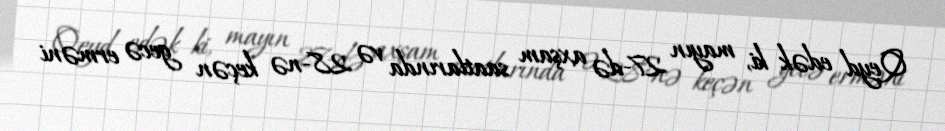
Qeyd edək ki, mayın 27-də axşam saatlarında və 28-nə keçən gecə erməni